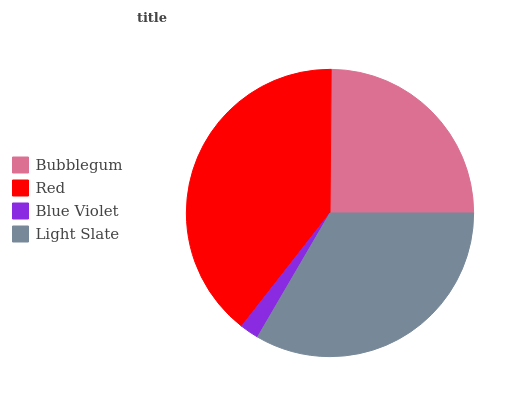
| Bubblegum | Red | Blue Violet | Light Slate |
 | --- | --- | --- | --- |
 | 24.8% | 39.6% | 2.13% | 33.4% |